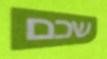
שכם